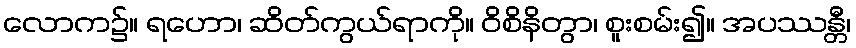
လောက၌။ ရဟော၊ ဆိတ်ကွယ်ရာကို။ ဝိစိနိတွာ၊ စူးစမ်း၍။ အပဿန္တီ၊